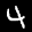
Label: 4